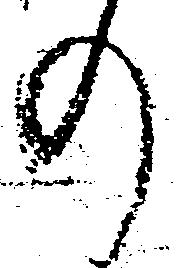
の